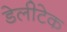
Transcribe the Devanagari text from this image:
डेलीटेक